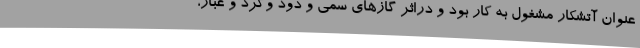
عنوان آتشکار مشغول به کار بود و دراثر گازهای سمی و دود وگرد و غبار،